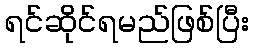
ရင်ဆိုင်ရမည်ဖြစ်ပြီး